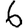
Digit: 6